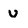
Character: u